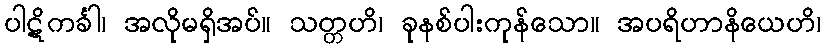
ပါဋိကင်္ခါ၊ အလိုမရှိအပ်။ သတ္တဟိ၊ ခုနစ်ပါးကုန်သော။ အပရိဟာနိယေဟိ၊